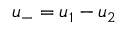
u _ { - } = u _ { 1 } - u _ { 2 }